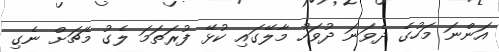
އަންނަ މަހުގެ ދެވަނަ ދުވަހު މާލޭގައި ކުޅޭ ފުރަތަމަ ލެގު މެޗަށް ނެގި